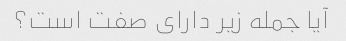
آیا جمله زیر دارای صفت است؟